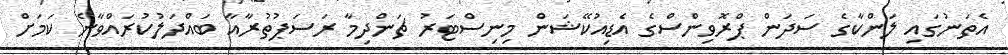
އެތަނުގައި ލަންކާގެ ސަދަން ޕްރޮވިންސްގެ އެޑިއުކޭޝަން މިނިސްޓަރު ޗަންދިމާ ރަސަޕުުތުރާއާ ބައްދަލުކުރައްވާނެ ކަމަށް